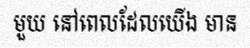
មួយ នៅពេលដែលយើង មាន